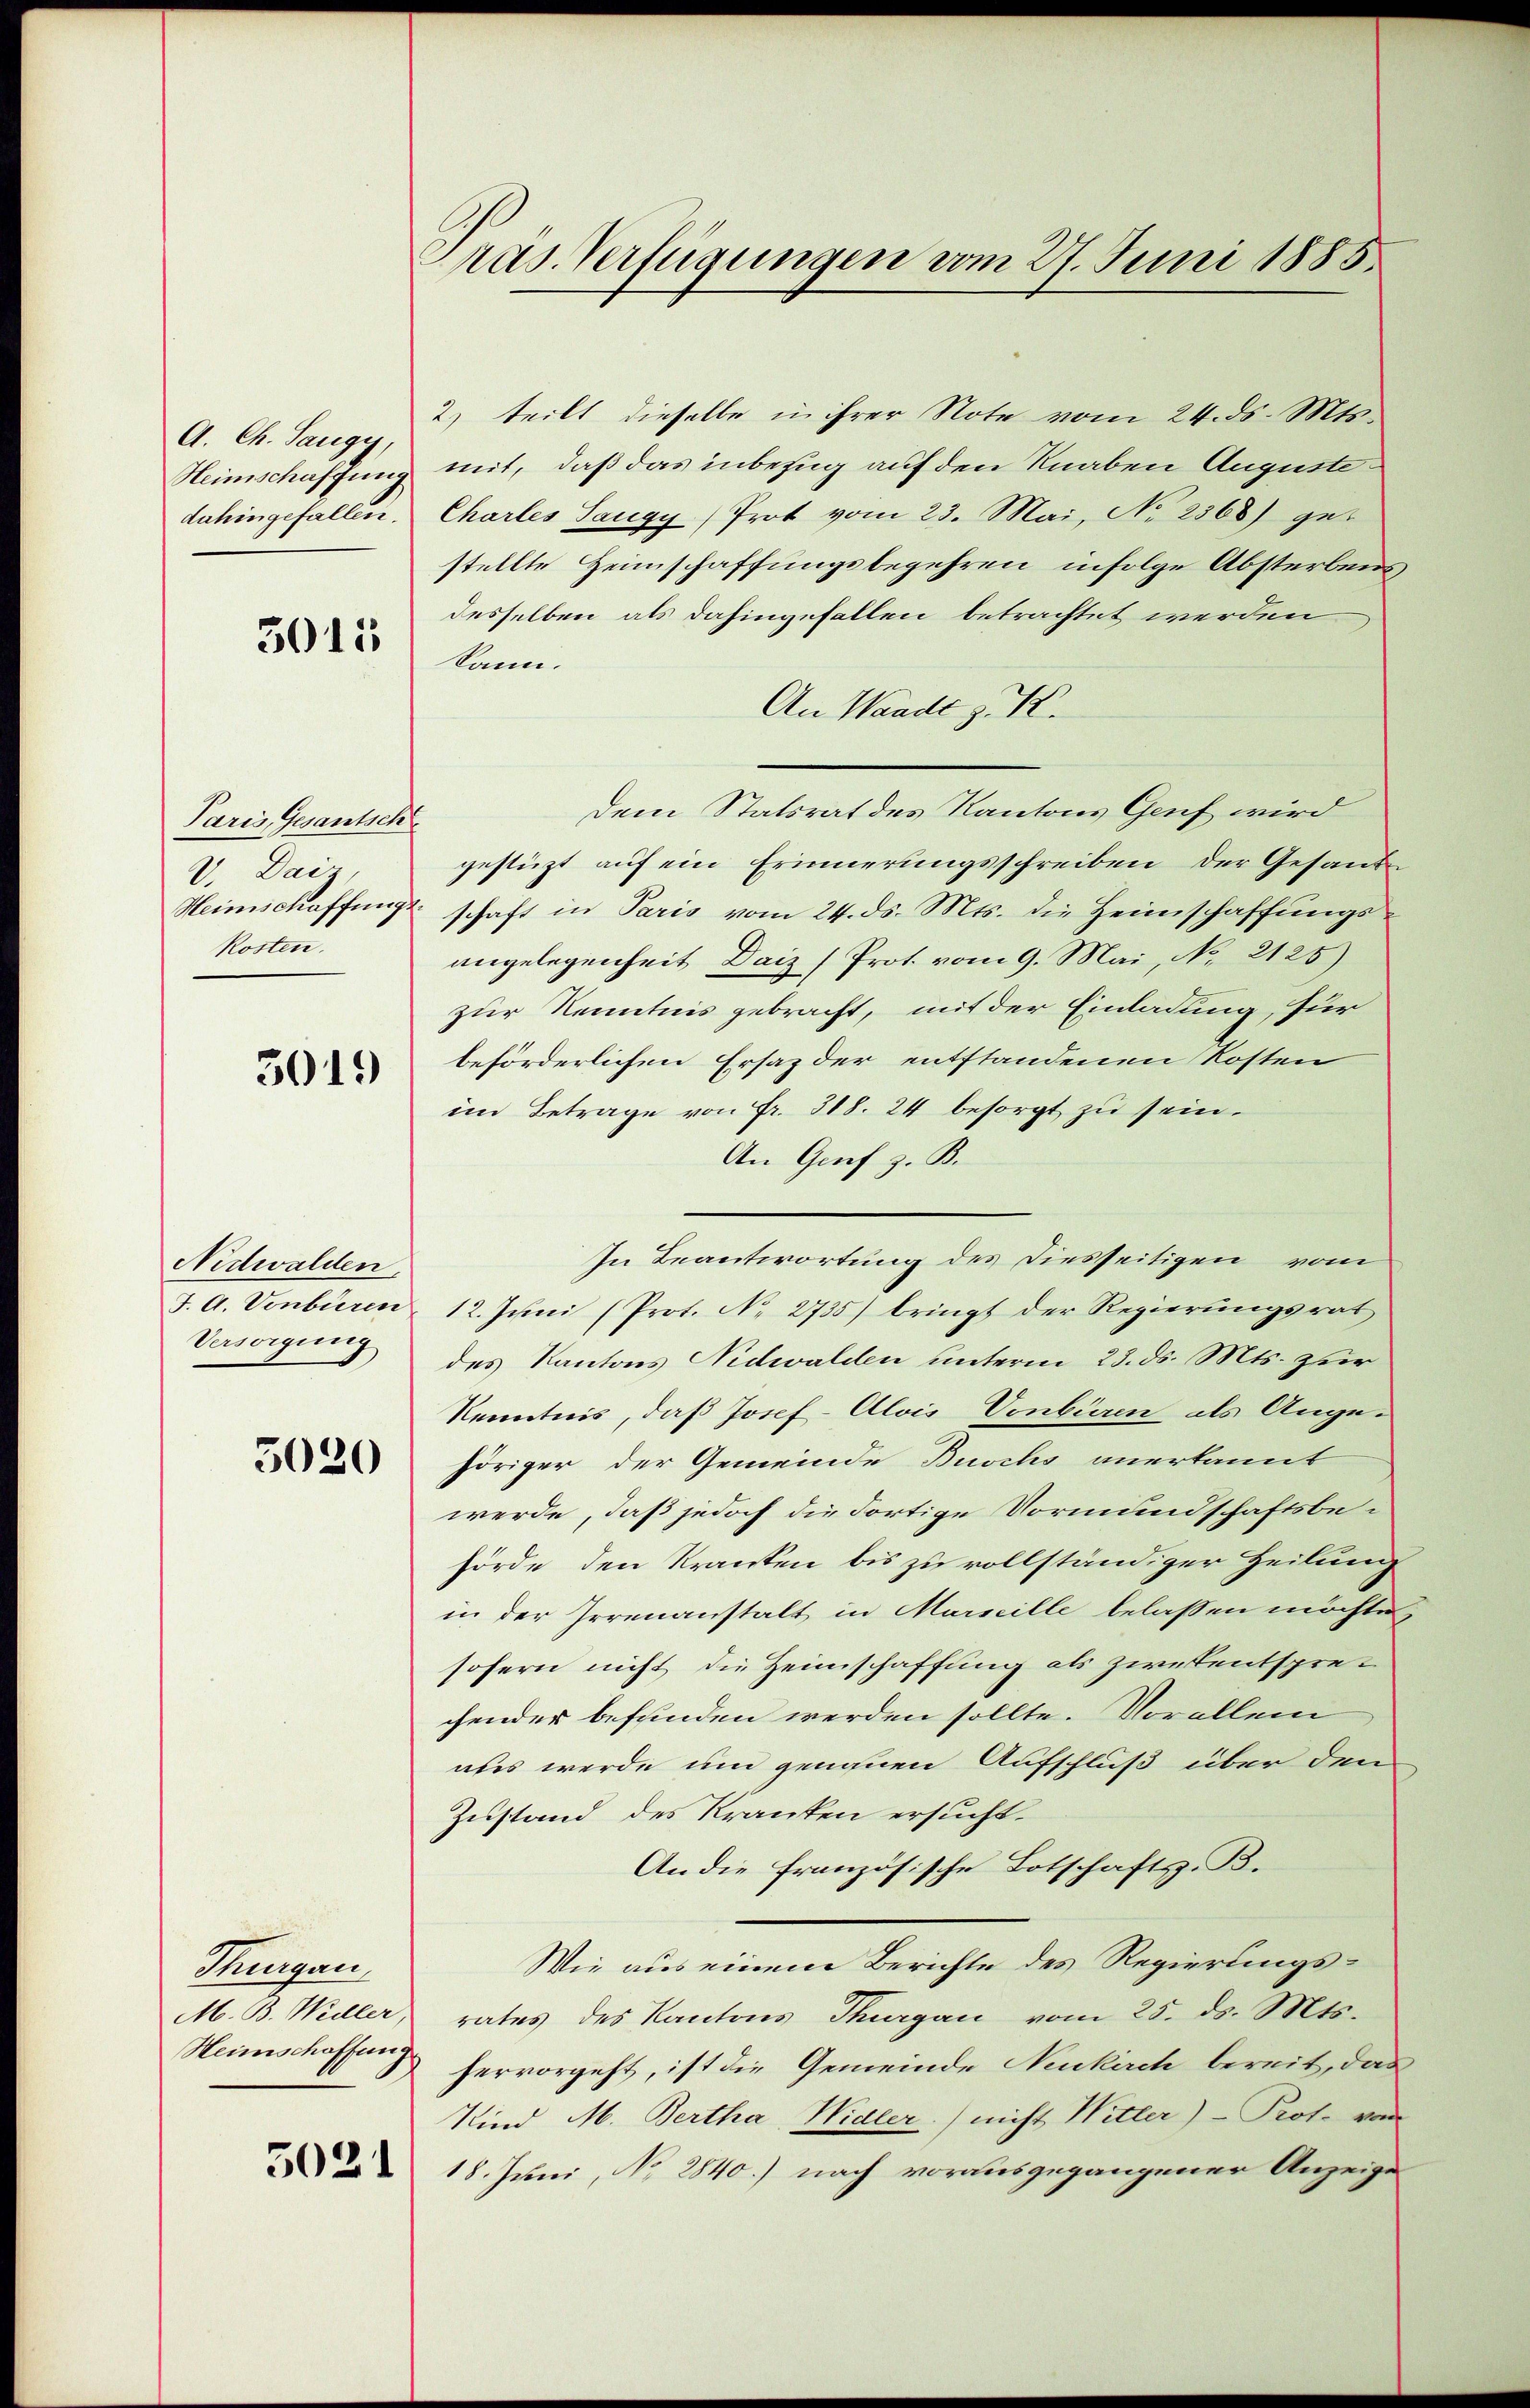
A. Ch. Saugy,
Heimschaffung
dahingefallen.

3015

Paris, Gesantsch
V. Daiz.
korten.

3019

Nidwalden.
J. A. Vonbüren
Versorgung

5020

Thurgau
M. B. Weiller,
Heimschaffung

5021

Präs. Verfügungen vom 27. Juni 1885.

2. teilt dieselbe in ihrer Note vom 24. ds. Mts.
mit, daß das inbezug auf den Knaben Auguste
Chartes Sangy (Prot vom 23. Mai, No 2368) get
stellte Heimschaffungsbegehren infolge Absterbens
desselben als dahingefallen betrachtet werden
kann.
An Waadt z. K.
dem Statsrat des Kantons Genf wird
gestüzt auf ein Erinnerungsschreiben der Gesand
Heimschaffung schaft in Paris vom 24. ds. Mts. die Heimschaffungs-
angelegenheit Daiz (Prot. vom 9. Mai, No 2125)
zur Kenntnis gebracht, mit der Einladung, für
beförderlichen Ersaz der entstandenen Kosten
im Betrage von Fr. 318. 24 besorgt zu sein.
An Genf z. B.
In Beantwortung des Diesseitigen vom
12. Juni (Prot. No 2735) bringt der Regierungsrat
des Kantons Nidwalden unterm 23. ds. Mts. zur
Kenntnis, daß Josef-Alois, Vonbüren als Angehöriger der Gemeinde Buschs anerkannt
werde, daß jedoch die dortige Vormundschaftsbehörde den Kranken bis zu vollständiger Heilung
in der Irrenanstalt in Marseille belassen möchte,
sofern nicht die Heimschaffung als zwekentsprechender befunden werden sollte. Vorallem
aus werde um genauen Aufschluß über den
Zustand des Kranken ersucht.
An die französische Botschaftsz. B.
Wie aus einem Berichte des Regierungsrates des Kantons Thurgau vom 25. ds. Mts.
hervorgeht, ist die Gemeinde Neukirch bereit, das
Kind M. Bertha, Nidler) nicht Witter) - Prot. vom
18. Juni, No 2840.) nach vorausgegangener Anzeigen